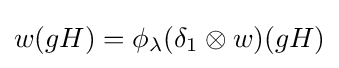
w(gH)=\phi _{\lambda }(\delta _{1}\otimes w)(gH)